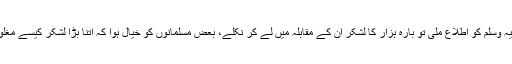
آپ صلی اللہ علیہ وَسلم کو اِطلاع ملی تو بارہ ہزار کا لشکر ان کے مقابلہ میں لے کر نکلے، بعض مسلمانوں کو خیال ہوا کہ اتنا بڑا لشکر کیسے مغلوب ہوسکتا ہے؟